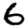
Digit: 6